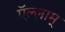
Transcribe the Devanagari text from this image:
ऍल्लाम्‌